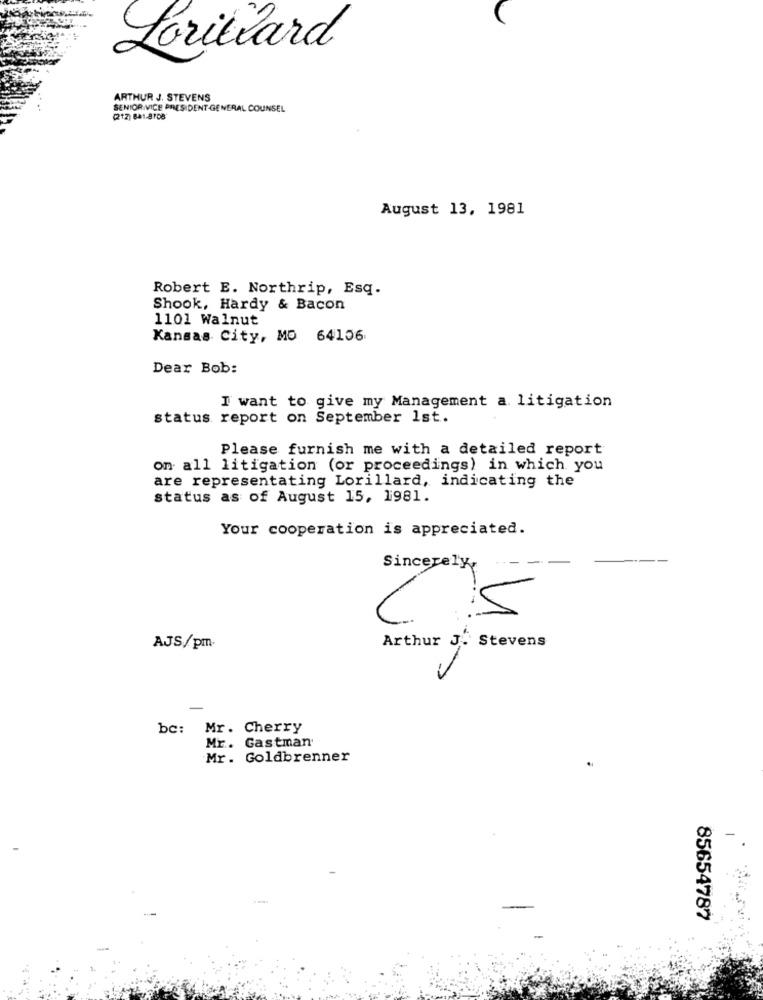
Lorillard
ARTHUR J. STEVENS
SENIOR VICE PRESIDENT-GENERAL COUNSEL
(212) 8a1.8708"
August 13, 1981
Robert E. Northrip, Esq.
Shook, Hardy & Bacon
1101 Walnut
Kansas City, MO 64106
Dear Bob:
I want to give my Management a. litigation
status report on September 1st.
Please furnish me with a detailed report
on all litigation (or proceedings) in which you
are representating Lorillard, indicating the
status as of August 15, 1981.
Your cooperation is appreciated.
Sincerely,
1
AJS/pm-
Arthur J. Stevens
bc: Mr. Cherry
Mr. Gastman
Mr. Goldbrenner
-
85654787